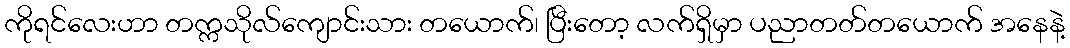
ကိုရင်လေးဟာ တက္ကသိုလ်ကျောင်းသား တယောက်၊ ပြီးတော့ လက်ရှိမှာ ပညာတတ်တယောက် အနေနဲ့